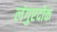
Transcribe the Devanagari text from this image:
लंगुएदोक